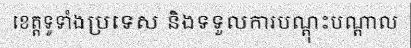
ខេត្តទូទាំងប្រទេស និងទទួលការបណ្តុះបណ្តាល